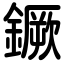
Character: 鐝